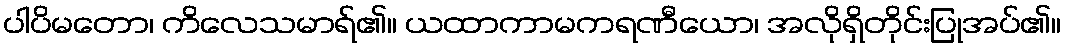
ပါပိမတော၊ ကိလေသမာရ်၏။ ယထာကာမကရဏီယော၊ အလိုရှိတိုင်းပြုအပ်၏။